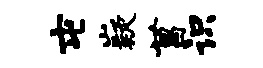
屯嶷菖识